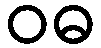
ဝဓ